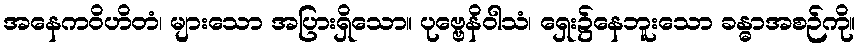
အနေကဝိဟိတံ၊ များသော အပြားရှိသော။ ပုဗ္ဗေနိဝါသံ၊ ရှေး၌နေဘူးသော ခန္ဓာအစဉ်ကို။